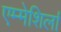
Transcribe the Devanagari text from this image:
एम्मेशिर्ला